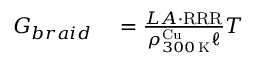
\begin{array} { r l } { G _ { b r a i d } } & { { } = \frac { L A \cdot \mathrm { R R R } } { \rho _ { 3 0 0 \, \mathrm { K } } ^ { \mathrm { C u } } \ell } T } \end{array}